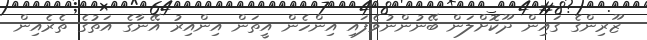
ޒޫރިންގެ ގައިން ދޫކޮށްލަން ބޭނުންނުވެފައި އިންހެން އީތަން އިންއިރު އޭނާގެ އަތުގެ ތެރެއިން